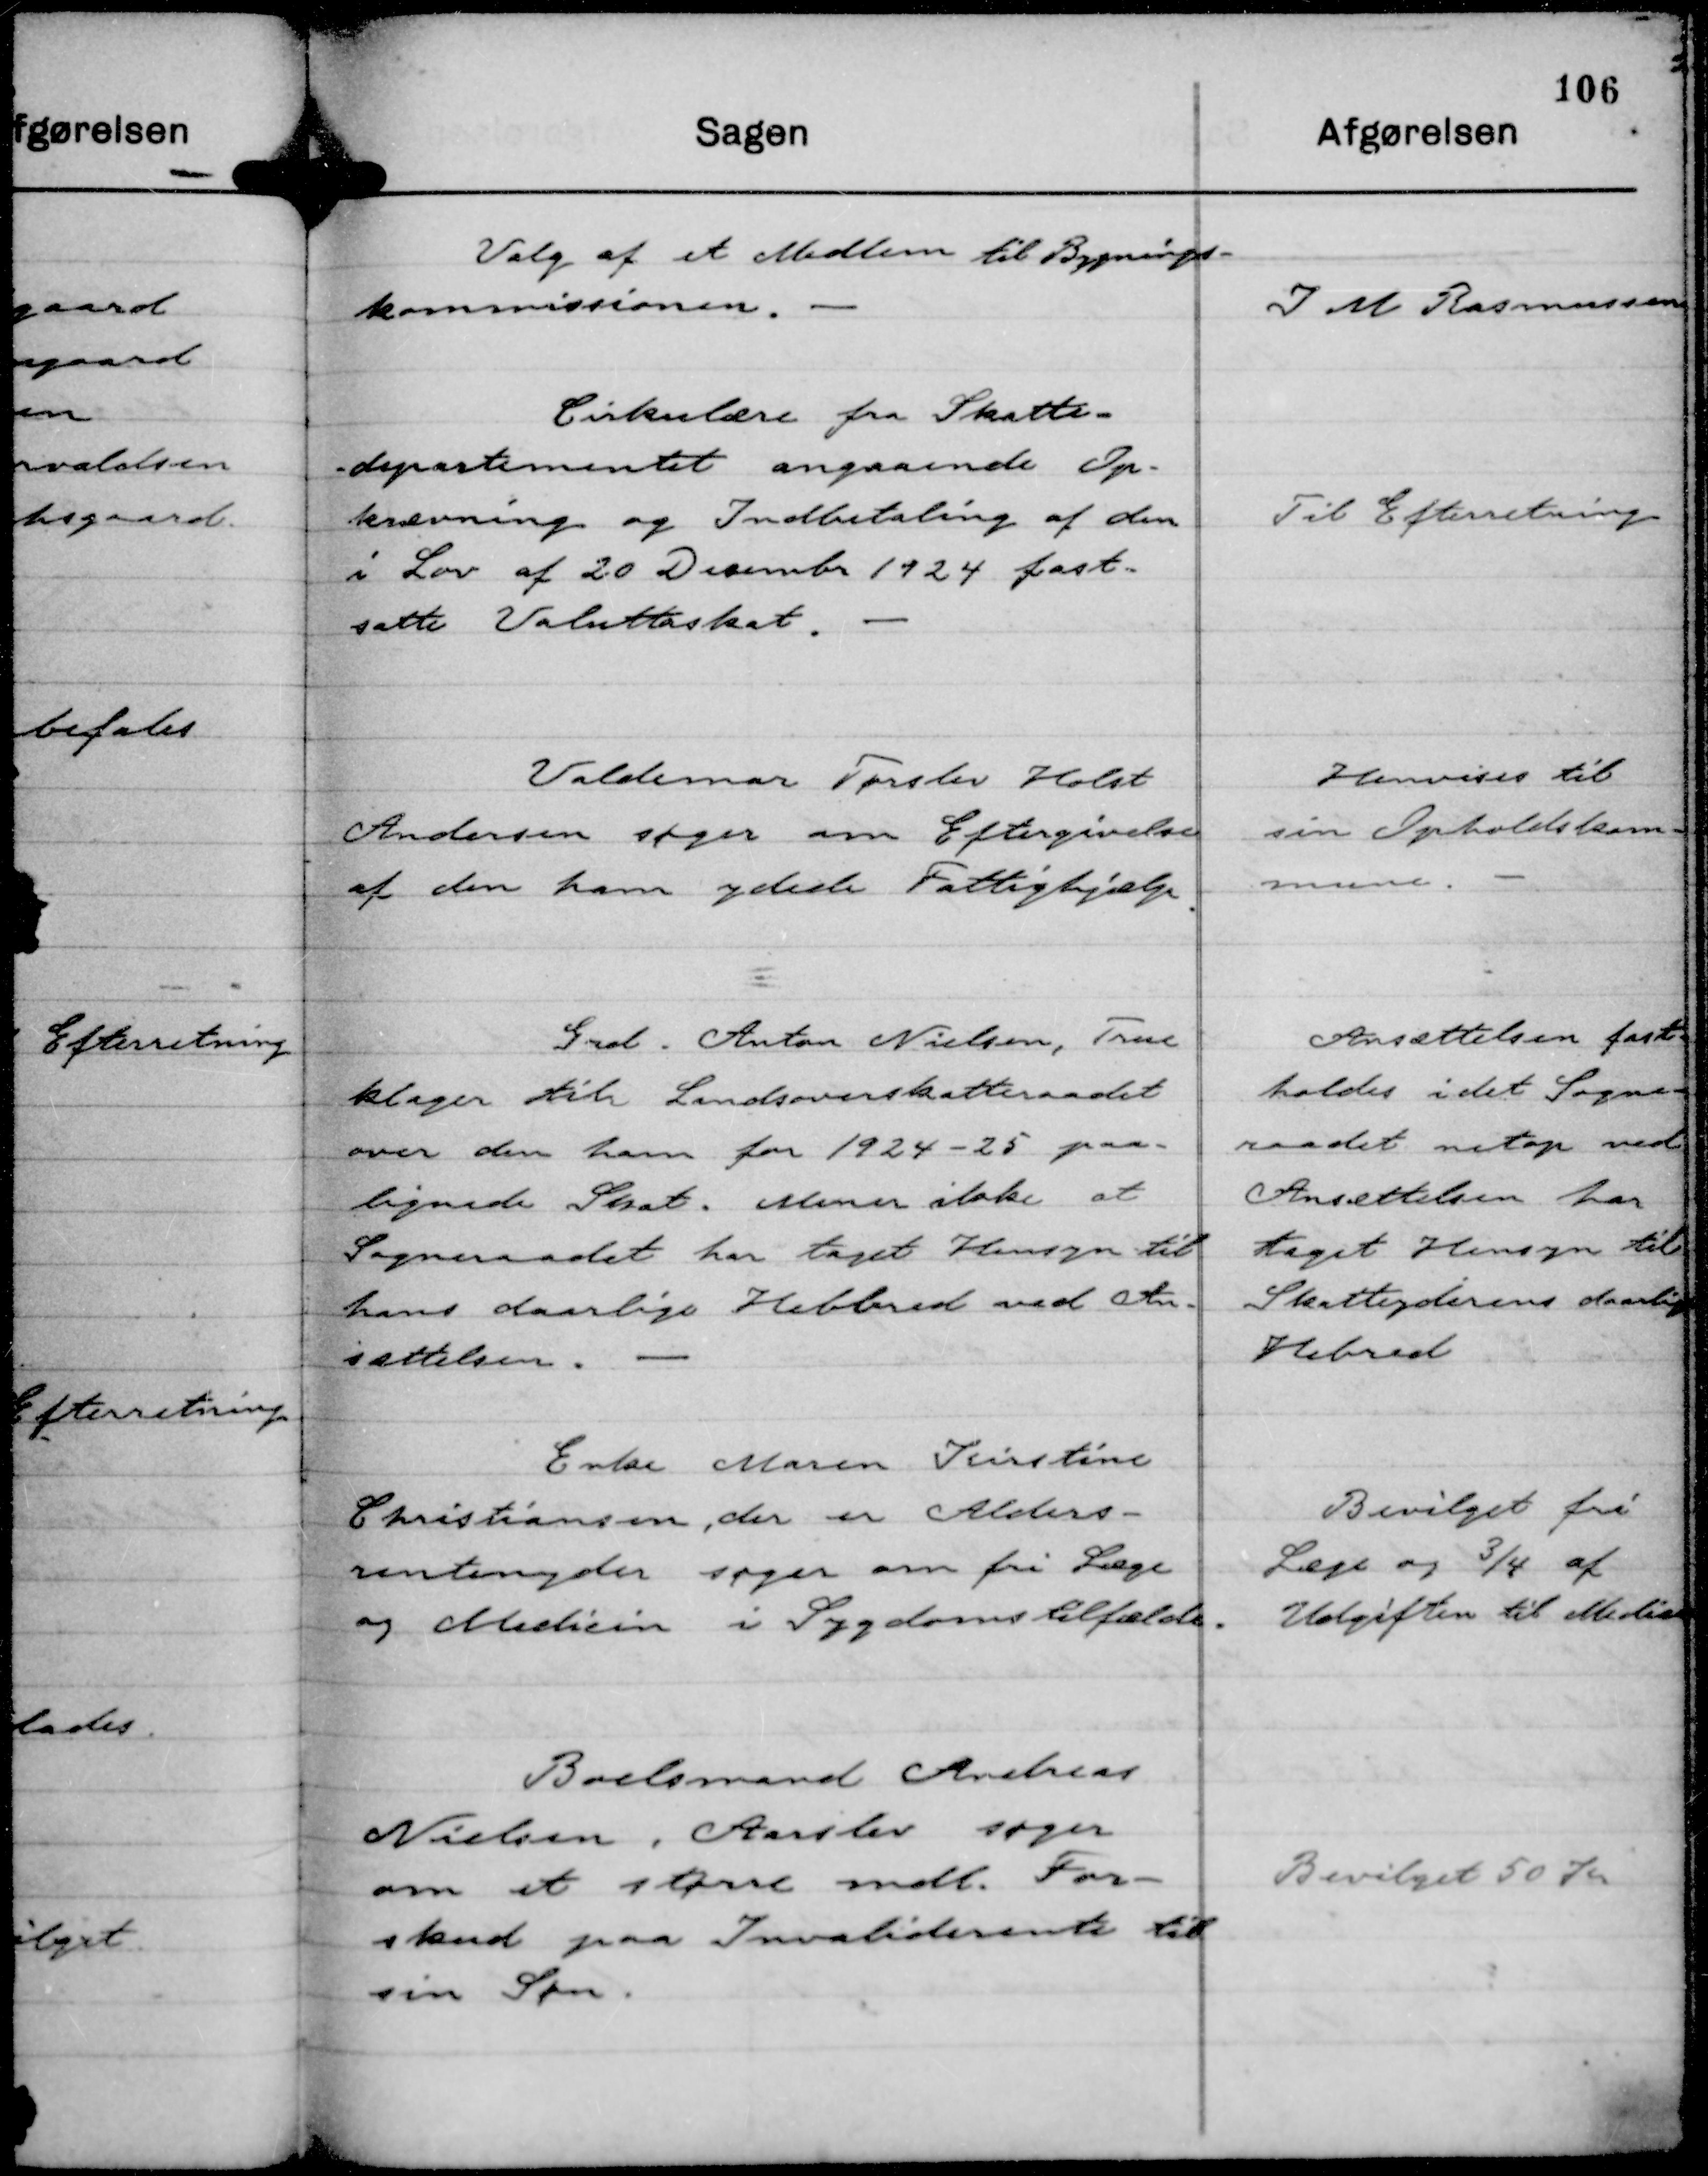
Transskription:
Valg af et Medlem til Bygnings-
kommissionen.

J M Rasmussen

Cirkulære fra Skatte-
departementet angaaende Op-
krævning og Indbetaling af den
i Lov af 20 December 1924 fast-
satte Valuttaskat.

Til Efterretning

Valdemar Tørslev Holst
Andersen søger om Eftergivelse
af den ham ydede Fattighjælp

Henvises til
sin Opholdskom-
mune.

Grd. Anton Nielsen, True
klager til Landsoverskatteraadet
over den ham for 1924 - 25 paa-
lignede Skat. Mener ikke at
Sogneraadet har taget Hensyn til
hans daarlige Helbred ved An-
sættelsen.

Ansættelsen fast-
holdes idet Sogne-
raadet netop ved
Ansættelsen har
taget Hensyn til
Skatteyderens daarlige
Helbred

Enke Maren Kirstine
Christiansen, der er Alders-
rentenyder søger om fri Læge
og Medicin i Sygdomstilfælde.

Bevilget fri
Læge og ¾ af
Udgiften til Medicin

Boelsmand Andreas
Nielsen, Aarslev søger
om et større mdl. For-
skud paa Invaliderente til
sin Søn.

Bevilget 50 Kr